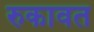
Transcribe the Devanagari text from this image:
रुकावत